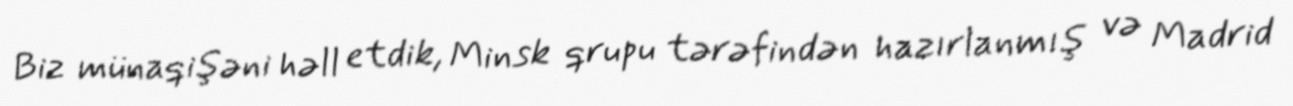
Biz münaqişəni həll etdik, Minsk qrupu tərəfindən hazırlanmış və Madrid